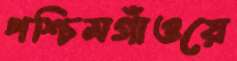
পশ্চিমগাঁওয়ে